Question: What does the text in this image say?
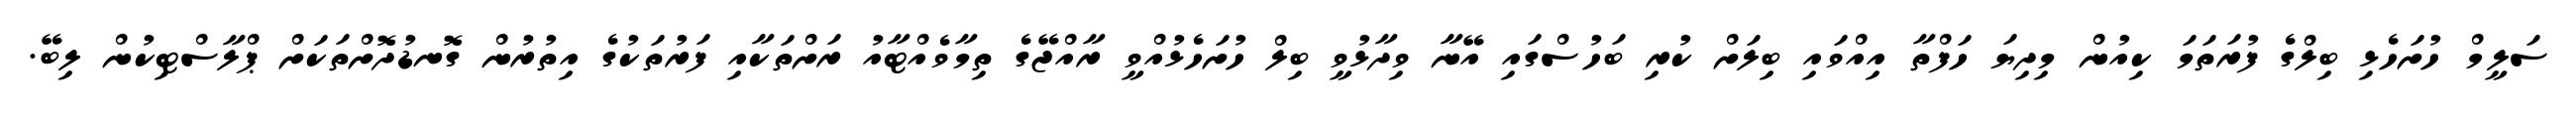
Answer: ސަލީމް ހުށަހެޅި ބިލްގެ ފުރަތަމަ ކިއުން މިދިޔަ ހަފްތާ އިއްވައި ބިލަށް ކުރި ބަހުސްގައި އޭނާ ވިދާޅުވީ ބިލް ހުށަހެޅުއްވީ ރާއްޖޭގެ ތިމާވެއްޓާއު ރަށްތަކާއި ފަރުތަކުގެ އިތުރުން ގޮނޑުދޮށްތަކަށް ޕްލާސްޓިކުން ލިބޭ.